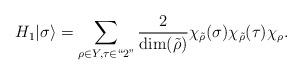
LaTeX: \begin{align*}H_1 |\sigma\rangle = \sum_{\rho\in Y, \tau \in ``2"}{2\over \dim(\tilde \rho)}\chi_{\tilde\rho}(\sigma) \chi_{\tilde\rho}(\tau) \chi_\rho .\end{align*}